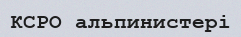
КСРО альпинистері